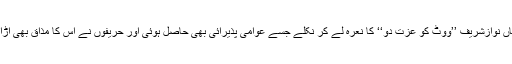
میاں نوازشریف ’’ووٹ کو عزت دو‘‘ کا نعرہ لے کر نکلے جسے عوامی پذیرائی بھی حاصل ہوئی اور حریفوں نے اِس کا مذاق بھی اُڑایا۔